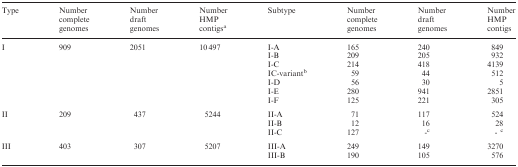
<table><thead><tr><td><b>Type</b></td><td><b>Number complete genomes</b></td><td><b>Number draft genomes</b></td><td><b>Number HMP contigs<sup>a</sup></b></td><td><b>Subtype</b></td><td><b>Number complete genomes</b></td><td><b>Number draft genomes</b></td><td><b>Number HMP contigs</b></td></tr></thead><tbody><tr><td rowspan="7">I</td><td rowspan="7">909</td><td rowspan="7">2051</td><td rowspan="7">10 497</td><td>I-A</td><td>165</td><td>240</td><td>849</td></tr><tr><td>I-B</td><td>209</td><td>205</td><td>932</td></tr><tr><td>I-C</td><td>214</td><td>418</td><td>4139</td></tr><tr><td>IC-variant<sup>b</sup></td><td>59</td><td>44</td><td>512</td></tr><tr><td>I-D</td><td>56</td><td>30</td><td>5</td></tr><tr><td>I-E</td><td>280</td><td>941</td><td>2851</td></tr><tr><td>I-F</td><td>125</td><td>221</td><td>305</td></tr><tr><td rowspan="3">II</td><td rowspan="3">209</td><td rowspan="3">437</td><td rowspan="3">5244</td><td>II-A</td><td>71</td><td>117</td><td>524</td></tr><tr><td>II-B</td><td>12</td><td>16</td><td>28</td></tr><tr><td>II-C</td><td>127</td><td>-<sup>c</sup></td><td>- <sup>c</sup></td></tr><tr><td rowspan="2">III</td><td rowspan="2">403</td><td rowspan="2">307</td><td rowspan="2">5207</td><td>III-A</td><td>249</td><td>149</td><td>3270</td></tr><tr><td>III-B</td><td>190</td><td>105</td><td>576</td></tr></tbody></table>